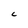
Character: C